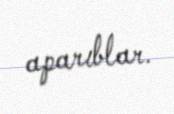
aparıblar.